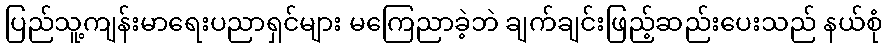
ပြည်သူ့ကျန်းမာရေးပညာရှင်များ မကြေညာခဲ့ဘဲ ချက်ချင်းဖြည့်ဆည်းပေးသည် နယ်စုံ